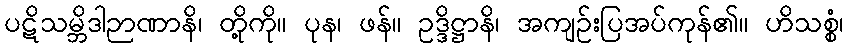
ပဋိသမ္ဘိဒါဉာဏာနိ၊ တို့ကို။ ပုန၊ ဖန်။ ဥဒ္ဒိဋ္ဌာနိ၊ အကျဉ်းပြအပ်ကုန်၏။ ဟိသစ္စံ၊